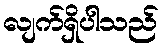
လျက်ရှိပါသည်